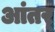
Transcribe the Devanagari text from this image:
आंतर्